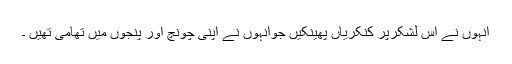
انہوں نے اس لشکرپر کنکریاں پھینکیں جوانہوں نے اپنی چونچ اور پنجوں میں تھامی تھیں ۔